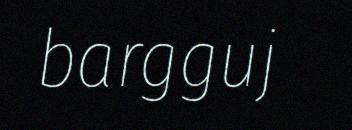
bargguj